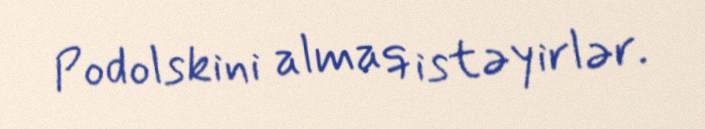
Podolskini almaq istəyirlər.